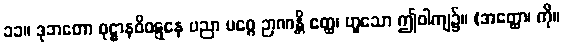
၁၁။ ဒုဘတော ဝုဋ္ဌာနဝိဝဋ္ဋနေ ပညာ မဂ္ဂေ ဉာဏန္တိ ဧတ္ထ၊ ဟူသော ဤဝါကျ၌။ (အတ္ထော၊ ကို။